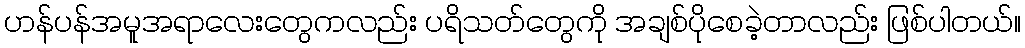
ဟန်ပန်အမူအရာလေးတွေကလည်း ပရိသတ်တွေကို အချစ်ပိုစေခဲ့တာလည်း ဖြစ်ပါတယ်။